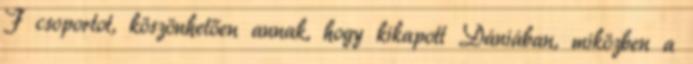
F csoportot, köszönhetően annak, hogy kikapott Dániában, miközben a